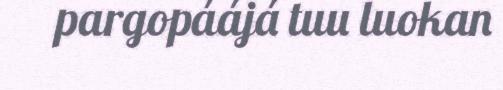
pargopáájá tuu luokan